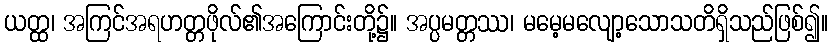
ယတ္ထ၊ အကြင်အရဟတ္တဖိုလ်၏အကြောင်းတို့၌။ အပ္ပမတ္တဿ၊ မမေ့မလျော့သောသတိရှိသည်ဖြစ်၍။